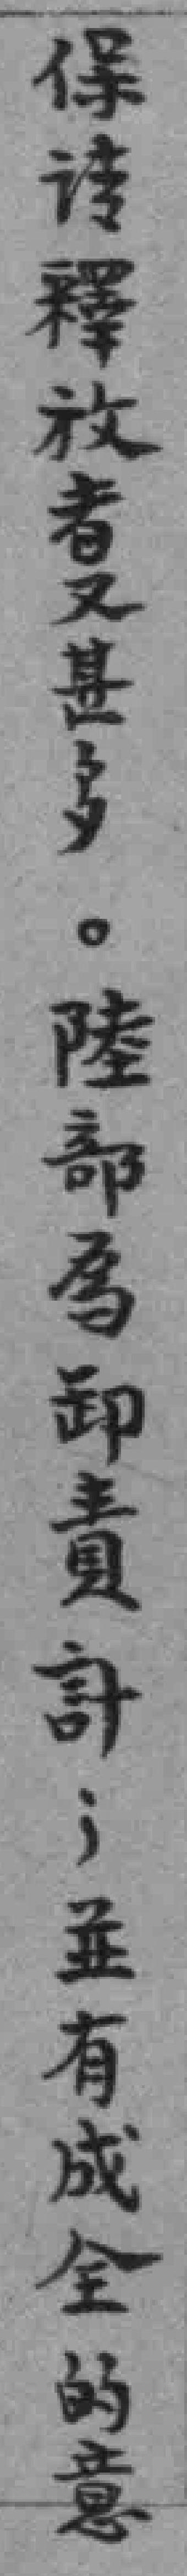
保请釋放者又甚多。陸部為卸責計；並有成全的意